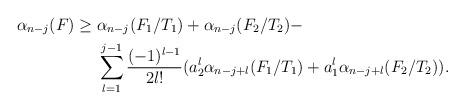
LaTeX: \begin{align*} \alpha_{n-j}(F) \geq {}&\alpha_{n-j}(F_1/T_1) + \alpha_{n-j}(F_2/T_2) - \\ {}& \sum_{l=1}^{j-1} \frac{(-1)^{l-1}}{2l!} (a_2^l\alpha_{n-j+l}(F_1/T_1) + a_1^l\alpha_{n-j+l}(F_2/T_2)).\end{align*}